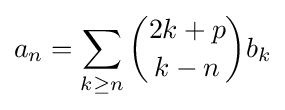
a_{n}=\sum _{k\geq n}{\binom {2k+p}{k-n}}b_{k}